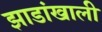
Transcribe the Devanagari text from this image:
झाडांखाली